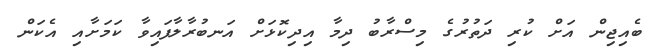
ބެއިޖިން އަށް ކުރި ދަތުރުގެ މިސްރާބު ދިމާ އިދިކޮޅަށް އަނބުރާލާފައިވާ ކަމަށާއި އެކަން